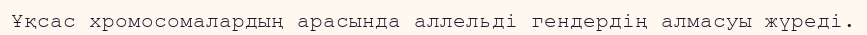
Ұқсас хромосомалардың арасында аллельді гендердің алмасуы жүреді.